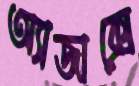
অ্যাজাক্সে